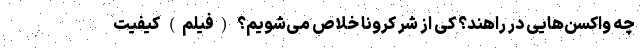
چه واکسن‌هایی در راهند؟ کی از شر کرونا خلاص می‌شویم؟ (فیلم) کیفیت